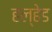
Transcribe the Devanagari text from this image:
हल्हेड